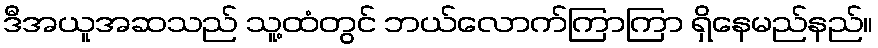
ဒီအယူအဆသည် သူ့ထံတွင် ဘယ်လောက်ကြာကြာ ရှိနေမည်နည်။